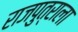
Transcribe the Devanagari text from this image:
राजपुत्राला